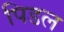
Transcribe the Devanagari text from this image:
पिडल